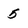
Character: 5